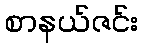
စာနယ်ဇင်း